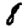
Digit: 8